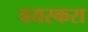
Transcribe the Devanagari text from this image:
वयस्करा